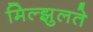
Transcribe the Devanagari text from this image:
मिल्झुलते